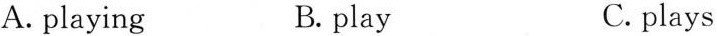
A. playing B. play C.plays